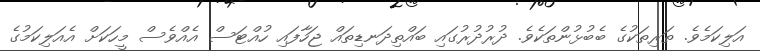
އަލިކަމެވެ. ތަރިތަކުގެ ބެބުޅުންތަކެވެ. ދުރުދުރުގައި ބައްތިދަނޑިތައް ޖަހާފައި ހުއްޓަސް އެއްވެސް މީހަކަށް އެއަލިކަމުގެ